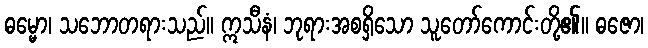
ဓမ္မော၊ သဘောတရားသည်။ ဣသီနံ၊ ဘုရားအစရှိသော သူတော်ကောင်းတို့၏။ ဓဇော၊